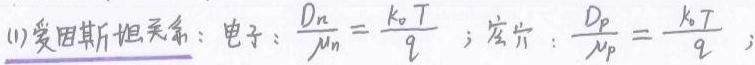
(1) 爱因斯坦关系：电子：$\frac{D_n}{\mu_n}=\frac{k_0T}{q}$；空穴：$\frac{D_p}{\mu_p}=\frac{k_0T}{q}$；